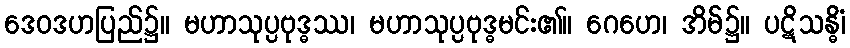
ဒေဝဒဟပြည်၌။ မဟာသုပ္ပဗုဒ္ဓဿ၊ မဟာသုပ္ပဗုဒ္ဓမင်း၏။ ဂေဟေ၊ အိမ်၌။ ပဋိသန္ဓိံ၊